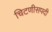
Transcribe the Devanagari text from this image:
चिटणीसपदी